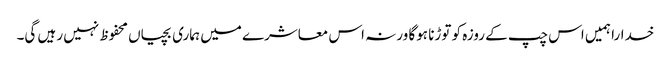
خدارا ہمیں اس چپ کے روزہ کو توڑنا ہوگا ورنہ اس معاشرے میں ہماری بچیاں محفوظ نہیں رہیں گی۔